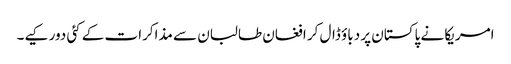
امریکا نے پاکستان پر دباؤ ڈال کر افغان طالبان سے مذاکرات کے کئی دور کیے۔